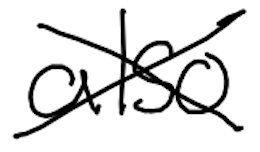
Text: also
Cross-out: cross
Writing tool: digital_black